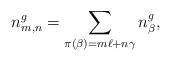
LaTeX: \begin{align*}n^g_{m,n}=\sum_{\pi(\beta)=m\ell+n\gamma}n^g_\beta,\end{align*}